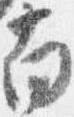
南